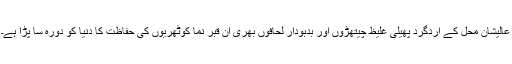
عالیشان محل کے اِردگرد پھیلی غلیظ چیتھڑوں اور بدبودار لحافوں بھری ان قبر نما کوٹھریوں کی حفاظت کا دُنیا کو دورہ سا پڑا ہے۔